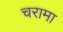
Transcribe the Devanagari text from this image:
चरामा